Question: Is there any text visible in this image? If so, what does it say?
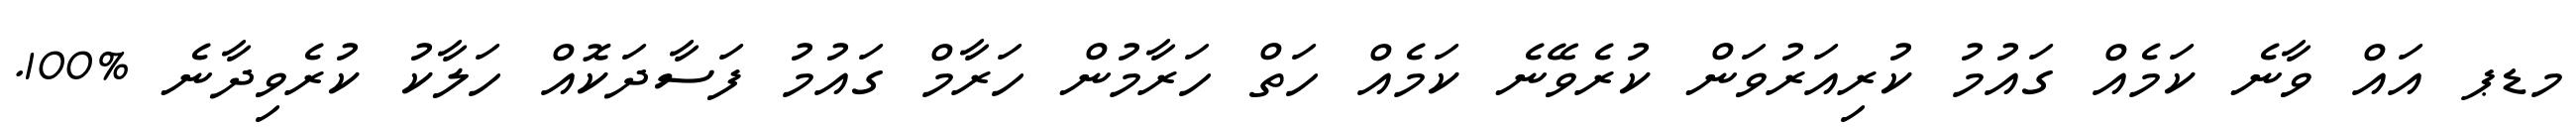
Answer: މޑޕ އައް ވާނެ ކަމެއް ގައުމު ކުރިއަރުވަން ކުރެވޭނެ ކަމެއް ހަތް ހަރާމުން ހަރާމް ގައުމު ފަސާދަކޮއް ހަލާކު ކުރެވިދާނެ %100.